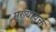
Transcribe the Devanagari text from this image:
मुख्यायुक्त